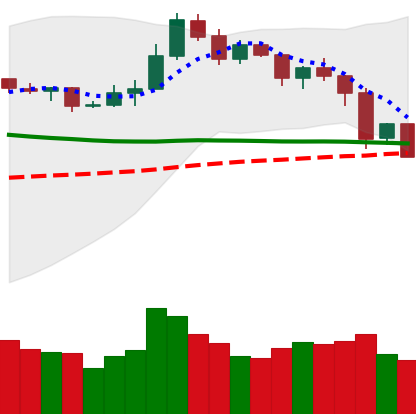
Ticker: NEO-USD
Chart end date: 2019-11-24
Forward return: 6.705%
Label: up_5_7